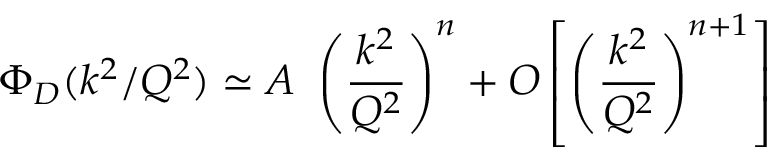
\Phi _ { D } ( k ^ { 2 } / Q ^ { 2 } ) \simeq A \ \left( { \frac { k ^ { 2 } } { Q ^ { 2 } } } \right) ^ { n } + { \cal O } \left[ \left( { \frac { k ^ { 2 } } { Q ^ { 2 } } } \right) ^ { n + 1 } \right]